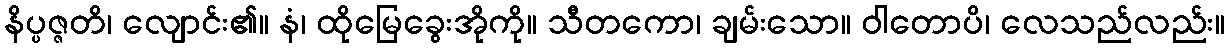
နိပ္ပဇ္ဇတိ၊ လျောင်း၏။ နံ၊ ထိုမြေခွေးအိုကို။ သီတကော၊ ချမ်းသော။ ဝါတောပိ၊ လေသည်လည်း။